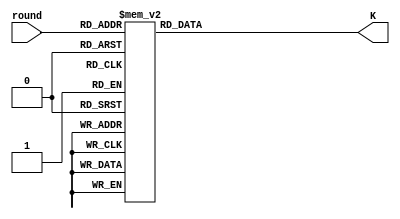
//======================================================================
//
// sha256_k_constants.v
// --------------------
// The table K with constants in the SHA-256 hash function.
//
//
// Copyright (c) 2013, Secworks Sweden AB
// All rights reserved.
//
// Redistribution and use in source and binary forms, with or
// without modification, are permitted provided that the following
// conditions are met:
//
// 1. Redistributions of source code must retain the above copyright
//    notice, this list of conditions and the following disclaimer.
//
// 2. Redistributions in binary form must reproduce the above copyright
//    notice, this list of conditions and the following disclaimer in
//    the documentation and/or other materials provided with the
//    distribution.
//
// THIS SOFTWARE IS PROVIDED BY THE COPYRIGHT HOLDERS AND CONTRIBUTORS
// "AS IS" AND ANY EXPRESS OR IMPLIED WARRANTIES, INCLUDING, BUT NOT
// LIMITED TO, THE IMPLIED WARRANTIES OF MERCHANTABILITY AND FITNESS
// FOR A PARTICULAR PURPOSE ARE DISCLAIMED. IN NO EVENT SHALL THE
// COPYRIGHT OWNER OR CONTRIBUTORS BE LIABLE FOR ANY DIRECT, INDIRECT,
// INCIDENTAL, SPECIAL, EXEMPLARY, OR CONSEQUENTIAL DAMAGES (INCLUDING,
// BUT NOT LIMITED TO, PROCUREMENT OF SUBSTITUTE GOODS OR SERVICES;
// LOSS OF USE, DATA, OR PROFITS; OR BUSINESS INTERRUPTION) HOWEVER
// CAUSED AND ON ANY THEORY OF LIABILITY, WHETHER IN CONTRACT,
// STRICT LIABILITY, OR TORT (INCLUDING NEGLIGENCE OR OTHERWISE)
// ARISING IN ANY WAY OUT OF THE USE OF THIS SOFTWARE, EVEN IF
// ADVISED OF THE POSSIBILITY OF SUCH DAMAGE.
//
//======================================================================

module sha256_k_constants(
                          input wire  [5 : 0] round,
                          output wire [31 : 0] K
                         );

  //----------------------------------------------------------------
  // Wires.
  //----------------------------------------------------------------
  reg [31 : 0] tmp_K;


  //----------------------------------------------------------------
  // Concurrent connectivity for ports etc.
  //----------------------------------------------------------------
  assign K = tmp_K;


  //----------------------------------------------------------------
  // round_mux
  //----------------------------------------------------------------
  always @*
    begin : round_mux
      case(round)
        00: tmp_K = 32'h428a2f98;
        01: tmp_K = 32'h71374491;
        02: tmp_K = 32'hb5c0fbcf;
        03: tmp_K = 32'he9b5dba5;
        04: tmp_K = 32'h3956c25b;
        05: tmp_K = 32'h59f111f1;
        06: tmp_K = 32'h923f82a4;
        07: tmp_K = 32'hab1c5ed5;
        08: tmp_K = 32'hd807aa98;
        09: tmp_K = 32'h12835b01;
        10: tmp_K = 32'h243185be;
        11: tmp_K = 32'h550c7dc3;
        12: tmp_K = 32'h72be5d74;
        13: tmp_K = 32'h80deb1fe;
        14: tmp_K = 32'h9bdc06a7;
        15: tmp_K = 32'hc19bf174;
        16: tmp_K = 32'he49b69c1;
        17: tmp_K = 32'hefbe4786;
        18: tmp_K = 32'h0fc19dc6;
        19: tmp_K = 32'h240ca1cc;
        20: tmp_K = 32'h2de92c6f;
        21: tmp_K = 32'h4a7484aa;
        22: tmp_K = 32'h5cb0a9dc;
        23: tmp_K = 32'h76f988da;
        24: tmp_K = 32'h983e5152;
        25: tmp_K = 32'ha831c66d;
        26: tmp_K = 32'hb00327c8;
        27: tmp_K = 32'hbf597fc7;
        28: tmp_K = 32'hc6e00bf3;
        29: tmp_K = 32'hd5a79147;
        30: tmp_K = 32'h06ca6351;
        31: tmp_K = 32'h14292967;
        32: tmp_K = 32'h27b70a85;
        33: tmp_K = 32'h2e1b2138;
        34: tmp_K = 32'h4d2c6dfc;
        35: tmp_K = 32'h53380d13;
        36: tmp_K = 32'h650a7354;
        37: tmp_K = 32'h766a0abb;
        38: tmp_K = 32'h81c2c92e;
        39: tmp_K = 32'h92722c85;
        40: tmp_K = 32'ha2bfe8a1;
        41: tmp_K = 32'ha81a664b;
        42: tmp_K = 32'hc24b8b70;
        43: tmp_K = 32'hc76c51a3;
        44: tmp_K = 32'hd192e819;
        45: tmp_K = 32'hd6990624;
        46: tmp_K = 32'hf40e3585;
        47: tmp_K = 32'h106aa070;
        48: tmp_K = 32'h19a4c116;
        49: tmp_K = 32'h1e376c08;
        50: tmp_K = 32'h2748774c;
        51: tmp_K = 32'h34b0bcb5;
        52: tmp_K = 32'h391c0cb3;
        53: tmp_K = 32'h4ed8aa4a;
        54: tmp_K = 32'h5b9cca4f;
        55: tmp_K = 32'h682e6ff3;
        56: tmp_K = 32'h748f82ee;
        57: tmp_K = 32'h78a5636f;
        58: tmp_K = 32'h84c87814;
        59: tmp_K = 32'h8cc70208;
        60: tmp_K = 32'h90befffa;
        61: tmp_K = 32'ha4506ceb;
        62: tmp_K = 32'hbef9a3f7;
        63: tmp_K = 32'hc67178f2;
      endcase // case (round)
    end // block: round_mux
endmodule // sha256_k_constants

//======================================================================
// sha256_k_constants.v
//======================================================================